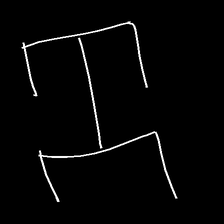
Glyph: entwine